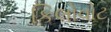
કિલોવોટ